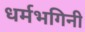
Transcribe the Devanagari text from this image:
धर्मभगिनी